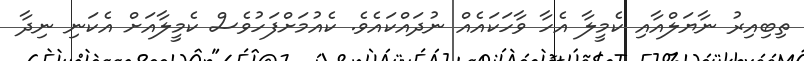
ތިބިއިރު ނާޔަލްއާއި ކެމީލާ އެހާ ވާހަކައެއް ނުދައްކައެވެ. ކެއުމަށްފަހުވެސް ކެމީލާއަށް އެކަނި ނިދާ